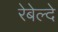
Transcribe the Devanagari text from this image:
रेबेल्दे